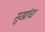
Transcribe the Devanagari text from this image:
सुखांचा